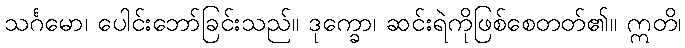
သင်္ဂမော၊ ပေါင်းဘော်ခြင်းသည်။ ဒုက္ခော၊ ဆင်းရဲကိုဖြစ်စေတတ်၏။ ဣတိ၊